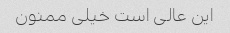
این عالی است خیلی ممنون